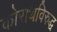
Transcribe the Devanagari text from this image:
कोराथविरुद्ध